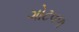
ગોટવળ